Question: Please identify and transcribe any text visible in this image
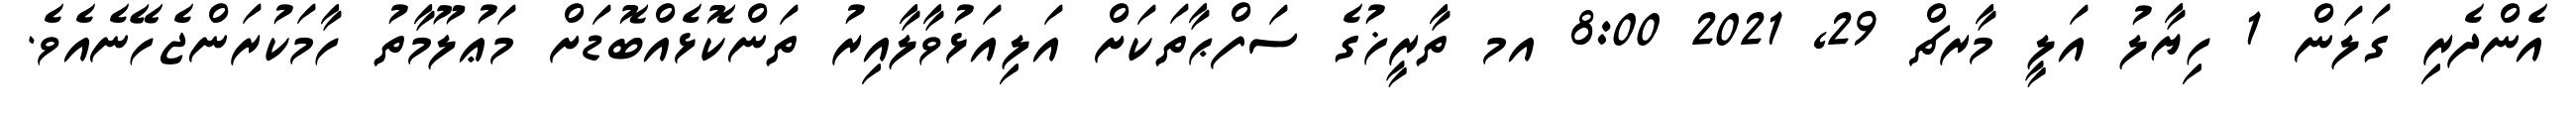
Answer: އެންދެރި ގަލަން 1 ހިޔާލު އަލީ މާރޗް 29, 2021 8:00 އމ ތާރީޚުގެ ސަފްޙާތަކަށް އަލިއަޅުވާލާއިރު ތަންކޮޅެއްބޮޑަށް މަޢުލޫމާތު ހާމަކުރަންޖެހޭނެއެވެ.